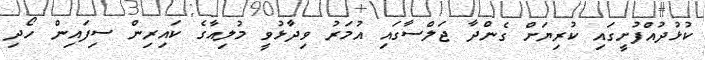
ކުޅުދުއްފުށީގައި ކުރިޔަށް ގެންދާ ޖަލްސާގައި އުމަރު ވިދާޅުވީ މުލިއާގެ ކައިރިން ސިފައިން ހޯދި